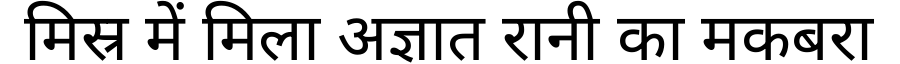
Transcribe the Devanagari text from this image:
मिस्र में मिला अज्ञात रानी का मकबरा